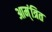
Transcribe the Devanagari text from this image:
आम्ंत्रित